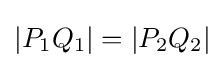
|P_{1}Q_{1}|=|P_{2}Q_{2}|